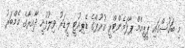
މި ބަހުސްގައި ޕީޕީއެމް ޕާލަމެންޓްރީ ގުރޫޕްގެ ޑެޕިއުޓީ ލީޑަރު ވިލުފުށީ ދާއިރާގެ މެމްބަރު